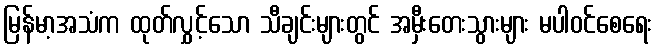
မြန်မာ့အသံက ထုတ်လွှင့်သော သီချင်းများတွင် အမှီးတေးသွားများ မပါဝင်စေရေး